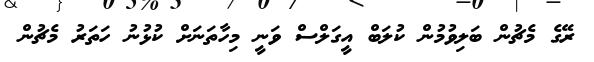
ރޭގެ މެޗުން ބަލިވުމުން ކުލަބް އީގަލްސް ވަނީ މިހާތަނަށް ކުޅުނު ހަތަރު މެޗުން